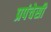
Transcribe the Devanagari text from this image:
प्रपंचेसी